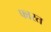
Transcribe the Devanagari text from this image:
फारत